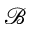
\mathcal { B }